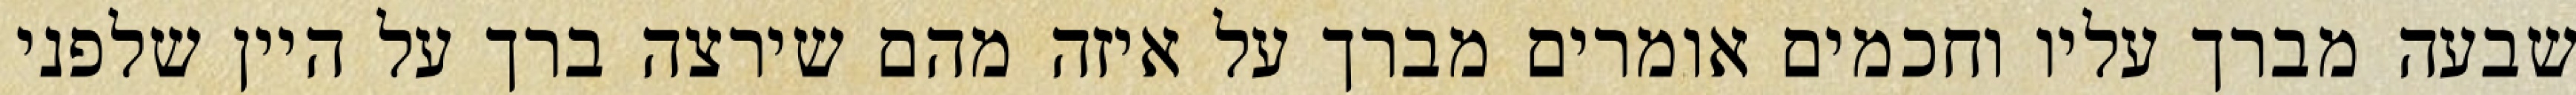
שבעה מברך עליו וחכמים אומרים מברך על איזה מהם שירצה ברך על היין שלפני